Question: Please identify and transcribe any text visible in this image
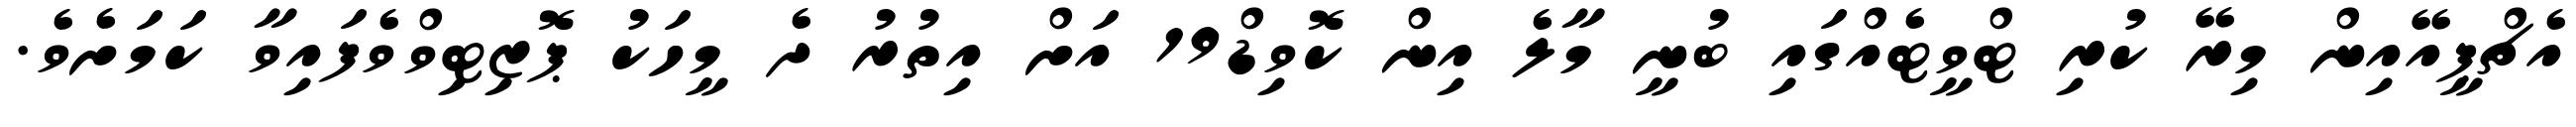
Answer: އެޗްޕީއޭއިން މިރޭ ކުރި ޓްވީޓެއްގައި ބުނީ މާލެ އިން ކޮވިޑް19 އަށް އިތުރު ދެ މީހަކު ޕޮޒިޓިވްވެފައިވާ ކަމަށެވެ.